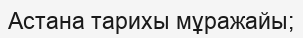
Астана тарихы мұражайы;